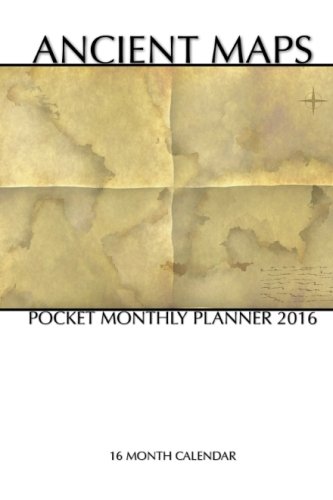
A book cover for Ancient Maps Pocket Monthly Planner 2016: 16 Month Calendar; Jack Smith; Calendars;